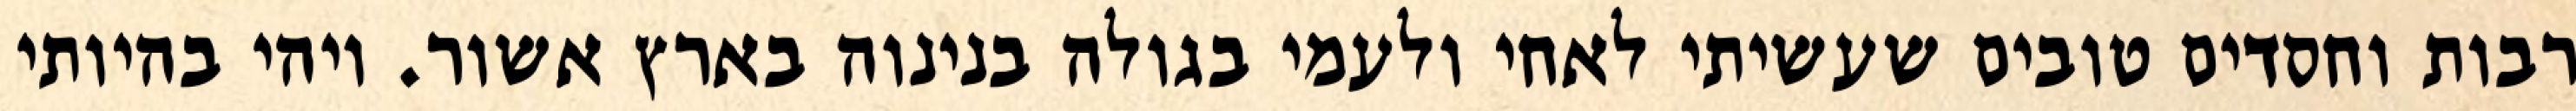
רבות וחסדים טובים שעשיתי לאחי ולעמי בגולה בנינוה בארץ אשור. ויהי בהיותי